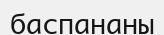
баспананы